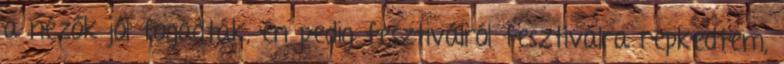
a nézők jól fogadták, én pedig fesztiválról fesztiválra repkedtem,